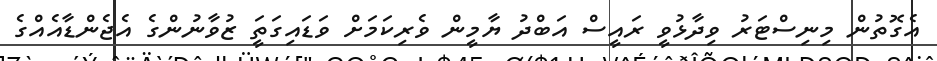
އެގޮތުން މިނިސްޓަރު ވިދާޅުވީ ރައީސް އަބްދު ޔާމީން ވެރިކަމަށް ވަޑައިގަތަީ ޒުވާނުންގެ އެެޖެންޑާއެއްގެ